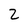
Character: 2